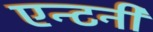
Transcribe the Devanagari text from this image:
एन्टनी